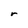
Character: r